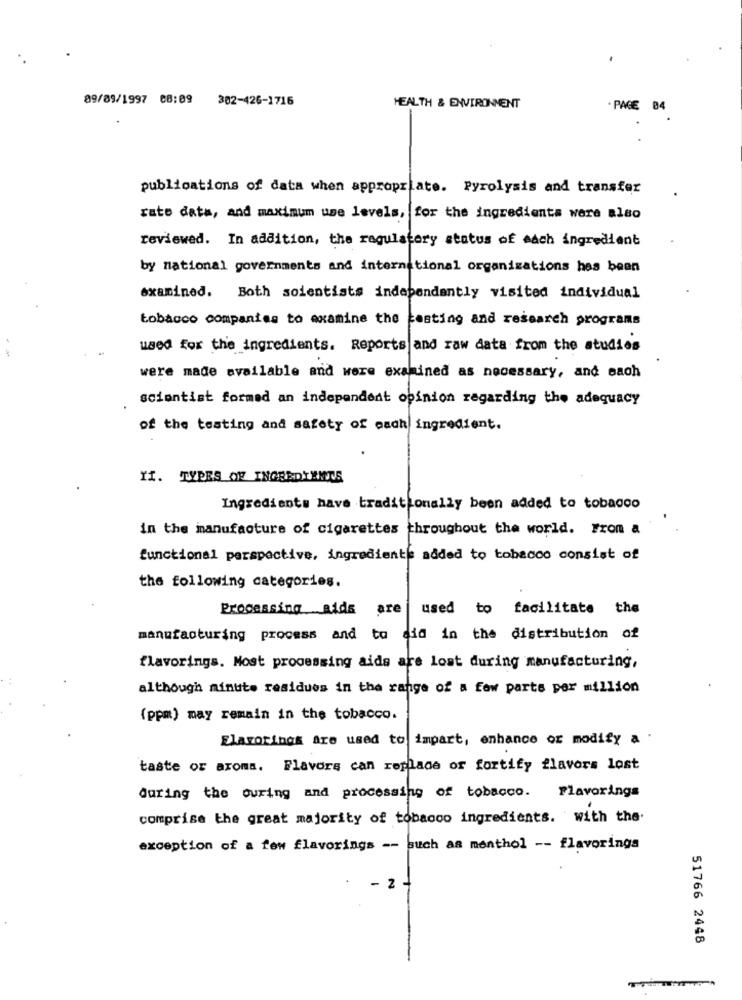
89/09/1997 08:09
302-426-1716
HEALTH & ENVIRONMENT
PAGE 04
publications of data when appropriate. Pyrolysis and transfer
rate data, and maximum use levels, for the ingredients were also
reviewed. In addition, the regulatory status of each ingredient
by national governments and international organizations has been
examined. Both soientists independently visited individual
tobacco companies to examine the
testing and research programs
used for the ingredients. Reports and raw data from the studies
were made available and were examined as necessary, and each
scientist formed an independent opinion regarding the adequacy
of the testing and safety of each ingredient.
YI. TYPES OF INGREDIENTS
Ingredients have traditionally been added to tobacco
in the manufacture of cigarettes throughout the world. Fron a
functional perspective, ingredients added to tobacco consist of
the following categories.
Processing aids are | used to facilitate the
manufacturing process and to did in the distribution of
flavorings. Most processing aids are lost during manufacturing,
although minute residues in the range of a few parts per million
(ppm) may remain in the tobacco.
Elarorings are used to impart, enhance or modify a .
taste or aroma. Flavors can replace of fortify flavors lost
during the ouring and processing of tobacco. Flavorings
comprise the great majority of tobacco ingredients. with the.
exception of a few flavorings -- such as menthol -- flavorings
2
51766 2448